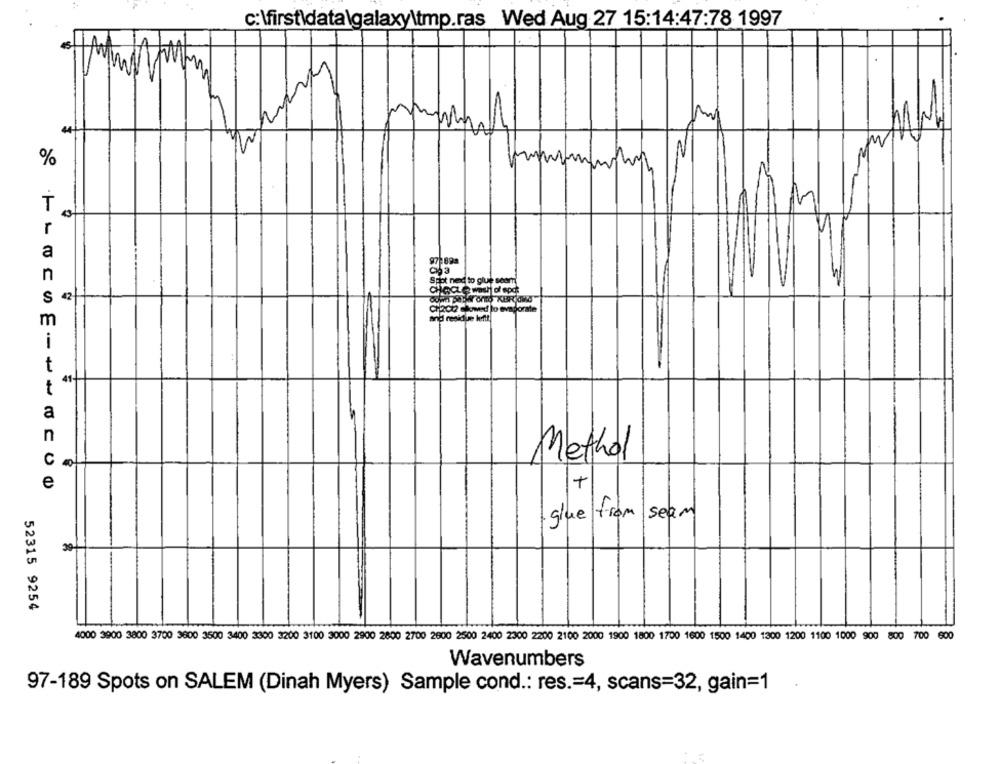
C:\first data\galaxy\tmp.ras Wed Aug 27 15:14:47:78 1997
w
%
r
a
n
Spot ned to glue seam
S
42
Chac12 slowed lo evaporate
m
and residue heeftt
t
41
t
a
n
C
Methol
e
+
glue from seam
30
52315 9254
4000 3900 3800 3700 3600 3500 3400 3300 3200 3100 3000 2900 2600 2700 2600 2500 2400 2300 2200 2100 2000 1900 1800 1700 1600 1500 1400 1300 1200 1100 1000 900 800 700 600
Wavenumbers
97-189 Spots on SALEM (Dinah Myers) Sample cond .: res .= 4, scans=32, gain=1